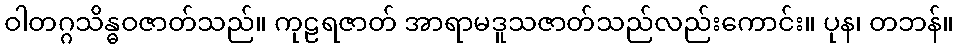
ဝါတဂ္ဂသိန္ဓဝဇာတ်သည်။ ကုဠရဇာတ် အာရာမဒူသဇာတ်သည်လည်းကောင်း။ ပုန၊ တဘန်။